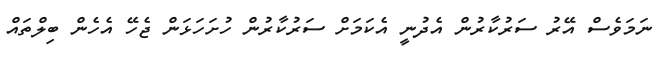
ނަމަވެސް އޭރު ސަރުކާރުން އެެދުނީ އެކަމަށް ސަރުކާރުން ހުށަހަޅަން ޖެހޭ އެހެން ބިލްތައް